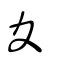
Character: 夊